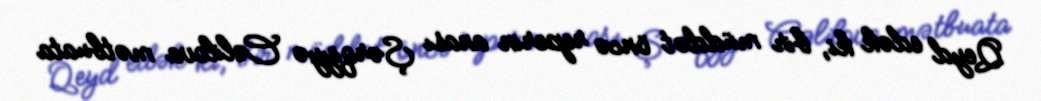
Qeyd edək ki, bir müddət öncə reperin anası Şərqiyyə Cəlilova mətbuata